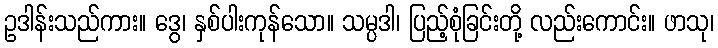
ဥဒါန်းသည်ကား။ ဒွေ၊ နှစ်ပါးကုန်သော။ သမ္ပဒါ၊ ပြည့်စုံခြင်းတို့ လည်းကောင်း။ ဖာသု၊